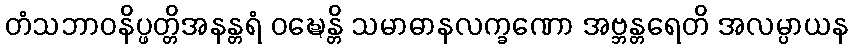
တံသဘာဝနိပ္ဖတ္တိအနန္တရံ ဝဍ္ဎေန္တိ သမာဓာနလက္ခဏော အဗ္ဘန္တရေတိ အလမ္ပာယန